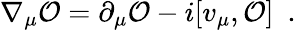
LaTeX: \nabla_{\mu}{\cal O}=\partial_{\mu}{\cal O}-i[v_{\mu},{\cal O}]\ \ .